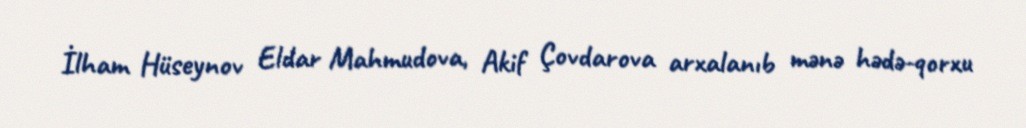
İlham Hüseynov Eldar Mahmudova, Akif Çovdarova arxalanıb mənə hədə-qorxu